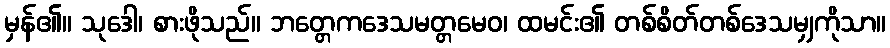
မှန်၏။ သုဒေါ၊ စားဖိုသည်။ ဘတ္တေကဒေသမတ္တမေဝ၊ ထမင်း၏ တစ်စိတ်တစ်ဒေသမျှကိုသာ။